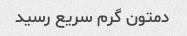
دمتون گرم سریع رسید